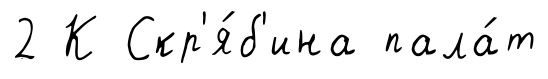
2 К Скр'я́б'ина пала́т